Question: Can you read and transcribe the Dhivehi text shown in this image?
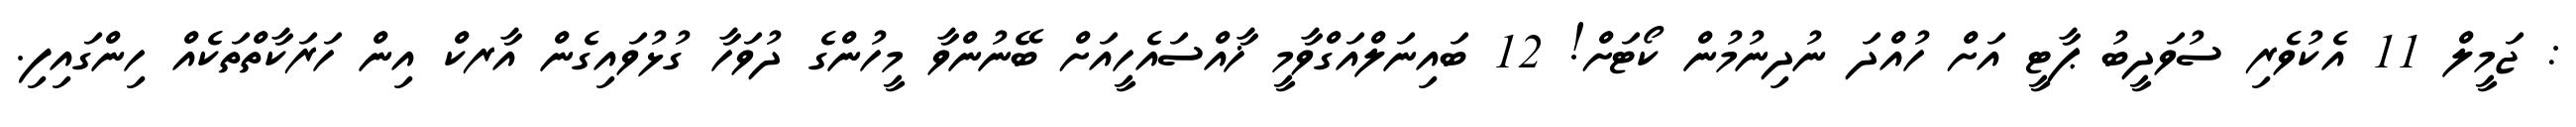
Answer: : ޖަމީލް 11 އެކުވެރި ސުވަދީބު ޕާޓީ އަށް ހުއްދަ ނުދިނުމުން ކޯޓަށް! 12 ބައިނަލްއަގްވާމީ ޚާއްސައެހީއަށް ބޭނުންވާ މީހުންގެ ދުވަހާ ގުޅުވައިގެން އާރކް އިން ހަރަކާތްތަކެއް ހިންގައިފި.